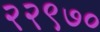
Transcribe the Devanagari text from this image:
२२९७०